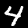
Label: 4